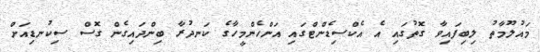
މައުލޫމާތު ލިބިފައިވާ ގޮތުގައި އެ އެކްސިޑެންޓްގައި އަންހެންމީހާގެ ކަނދުރާ ބިންދައިގެން ގޮސް ސިކުނޑިއަށް